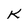
Character: K